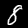
Label: 8